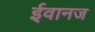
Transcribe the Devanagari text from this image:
ईवानज